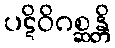
ပဋိဝိဂစ္ဆန္တိ